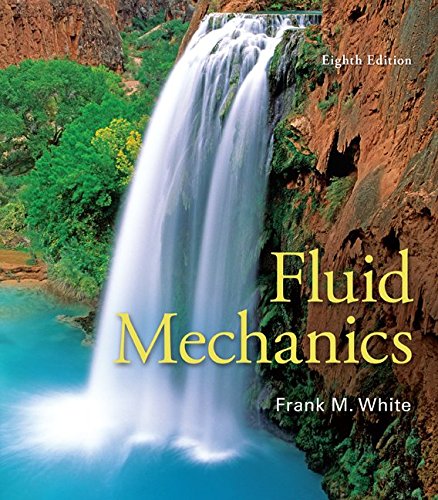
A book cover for Fluid Mechanics; Frank White; Engineering & Transportation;